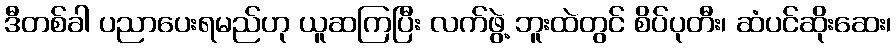
ဒီတစ်ခါ ပညာပေးရမည်ဟု ယူဆကြပြီး လက်ဖွဲ့ ဘူးထဲတွင် စိပ်ပုတီး၊ ဆံပင်ဆိုးဆေး၊